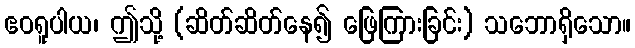
ဧဝရူပါယ၊ ဤသို့ (ဆိတ်ဆိတ်နေ၍ ဖြေကြားခြင်း) သဘောရှိသော။